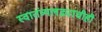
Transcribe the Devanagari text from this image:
स्वातंत्र्यलढ्याचीही